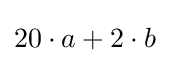
20\cdot a+2\cdot b